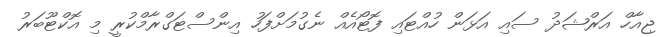
ޖިއާހް އަރްޝަދު ސައި އަޅަން ހުއްޓައި ފޮޓޯއެއް ނެގުމަށްފަހު އިންސްޓަގްރާމްކުރީ މި އޮކްޓޫބަރު